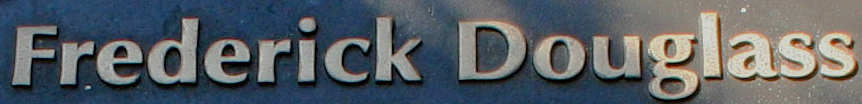
Frederick Douglass